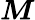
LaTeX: \boldsymbol{\mathit{M}}